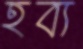
হব্য